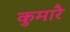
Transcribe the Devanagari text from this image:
कुमारै